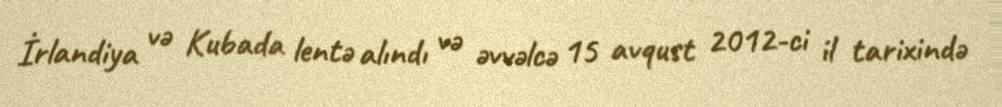
İrlandiya və Kubada lentə alındı və əvvəlcə 15 avqust 2012-ci il tarixində